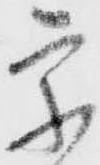
宗